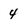
Character: 4